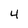
Character: 4